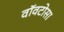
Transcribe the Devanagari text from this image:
वॉवटोसा